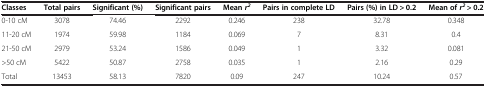
<table><thead><tr><td><b>Classes</b></td><td><b>Total pairs</b></td><td><b>Significant (%)</b></td><td><b>Significant pairs</b></td><td><b>Mean <i>r</i><sup><i>2</i></sup></b></td><td><b>Pairs in complete LD</b></td><td><b>Pairs (%) in LD &gt; 0.2</b></td><td><b>Mean of <i>r</i><sup><i>2</i></sup> &gt; 0.2</b></td></tr></thead><tbody><tr><td>0-10 cM</td><td>3078</td><td>74.46</td><td>2292</td><td>0.246</td><td>238</td><td>32.78</td><td>0.348</td></tr><tr><td>11-20 cM</td><td>1974</td><td>59.98</td><td>1184</td><td>0.069</td><td>7</td><td>8.31</td><td>0.4</td></tr><tr><td>21-50 cM</td><td>2979</td><td>53.24</td><td>1586</td><td>0.049</td><td>1</td><td>3.32</td><td>0.081</td></tr><tr><td>&gt;50 cM</td><td>5422</td><td>50.87</td><td>2758</td><td>0.035</td><td>1</td><td>2.16</td><td>0.29</td></tr><tr><td>Total</td><td>13453</td><td>58.13</td><td>7820</td><td>0.09</td><td>247</td><td>10.24</td><td>0.57</td></tr></tbody></table>